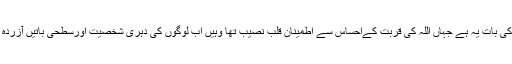
غورکرنے کی بات یہ ہے جہاں اللہ کی قُربت کےاحساس سے اطمینانِ قلب نصیب تھا وہیں اب لوگوں کی دُہری شخصیت اورسطحی باتیں آزُردہ نہیں کرتیں۔